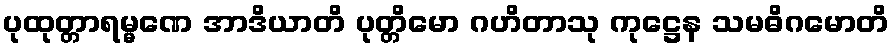
ပုထုတ္တာရမ္မဏေ အာဒိယာတိ ပုတ္တိမော ဂဟိတာသု ကုဋ္ဌေန သမဓိဂမောတိ